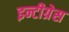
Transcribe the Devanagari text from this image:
इन्टीग्रेस